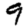
Digit: 9